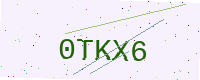
Text: 0TKX6